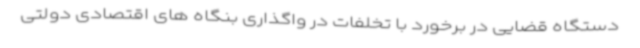
دستگاه قضایی در برخورد با تخلفات در واگذاری بنگاه های اقتصادی دولتی